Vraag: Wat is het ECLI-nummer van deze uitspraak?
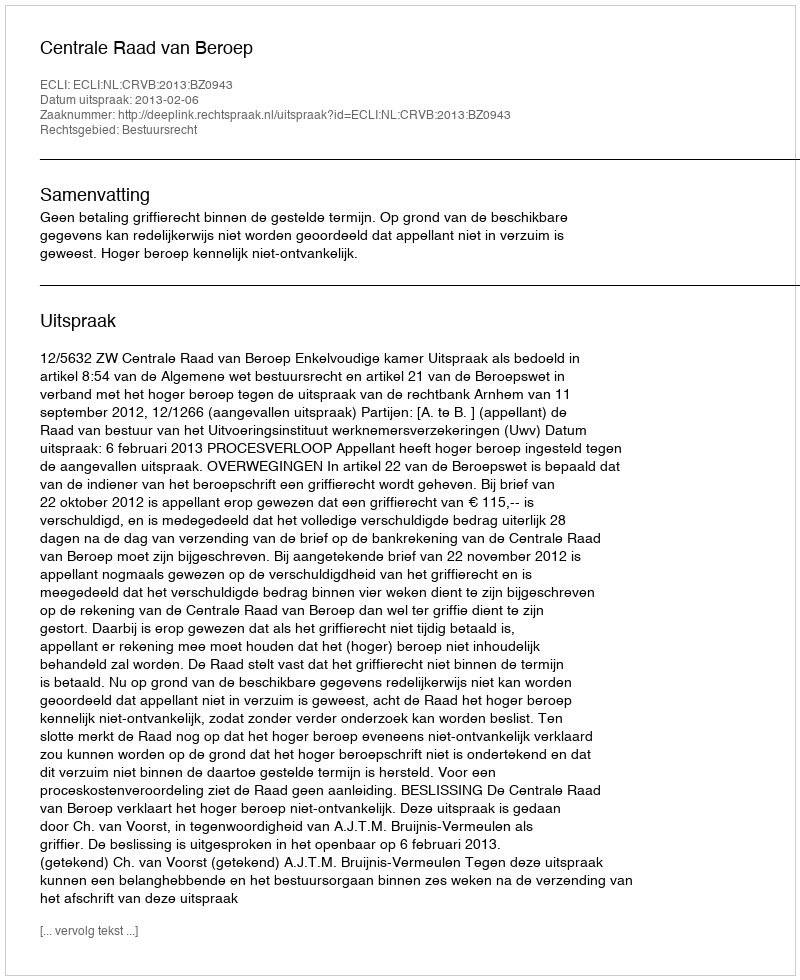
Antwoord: ECLI:NL:CRVB:2013:BZ0943